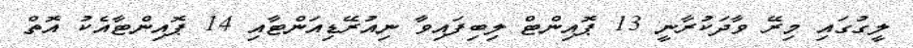
ލީގުގައި މިރޭ ވާދަކުރާނީ 13 ޕޮއިންޓް ލިބިފައިވާ ނިއުރޭޑިއަންޓާއި 14 ޕޮއިންޓާއެކު އޮތް